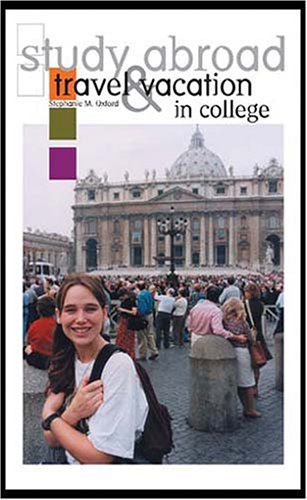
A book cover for Study Abroad, Travel & Vacation in College; Stephanie M. Oxford; Travel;